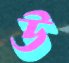
উ